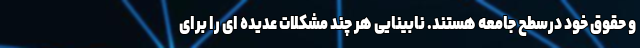
و حقوق خود درسطح جامعه هستند. نابینایی هر چند مشکلات عدیده ای را برای